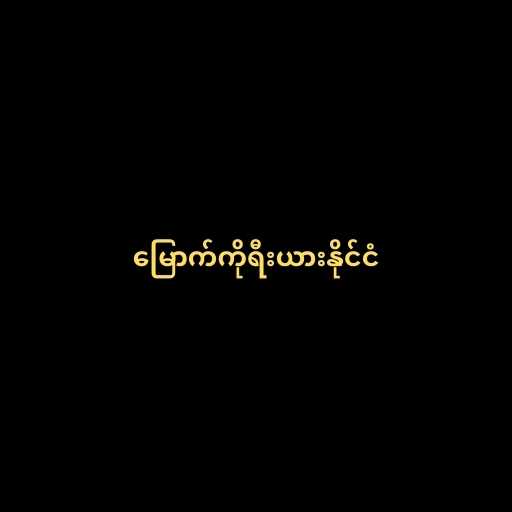
မြောက်ကိုရီးယားနိုင်ငံ